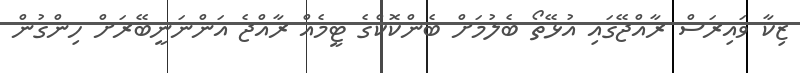
ޒިކާ ވައިރަސް ރާއްޖޭގައި އުޅޭތޯ ބެލުމަށް ބެންކޮކްގެ ޓީމެއް ރާއްޖެ އަންނަނީބޭރަށް ހިންގުން